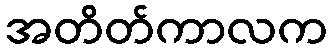
အတိတ်ကာလက